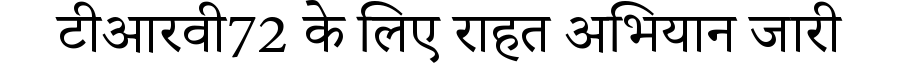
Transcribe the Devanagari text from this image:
टीआरवी72 के लिए राहत अभियान जारी